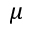
\mu